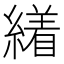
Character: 𦅝